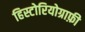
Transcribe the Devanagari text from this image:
हिस्टोरियोग्राफ़ी